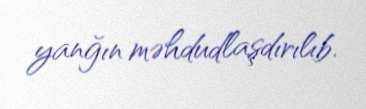
yanğın məhdudlaşdırılıb.